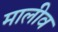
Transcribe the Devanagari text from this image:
मालीव